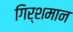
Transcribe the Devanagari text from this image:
गिर्शमान